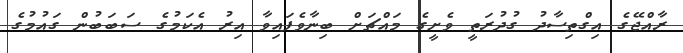
ރާއްޖޭގެ އިގްތިސާދު ގުދުރަތީ ވެށީގެ މައްޗަށް ބިނާވެފައިވާ އިރު އެކަމުގެ ސަބަބުން ގައުމުގެ